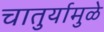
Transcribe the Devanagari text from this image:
चातुर्यामुळे